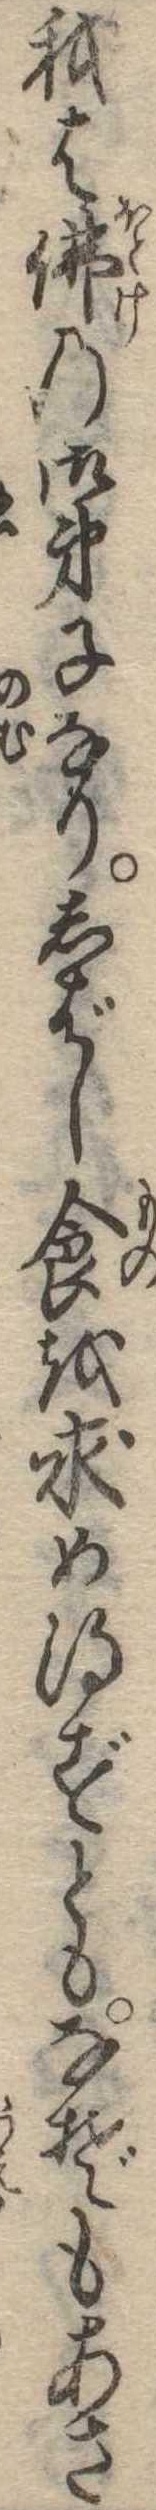
我は仏の御弟子なりしばし食を求め得ずともなぞもあさ